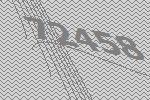
72458